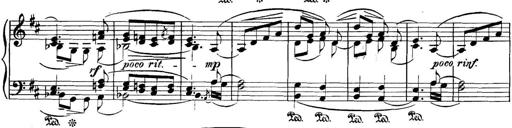
Title: 3 Sonatinas
Composer: Carl Reinecke